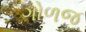
ગોળજ